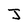
Character: J